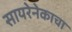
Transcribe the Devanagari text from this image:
सायरेनेकाचा